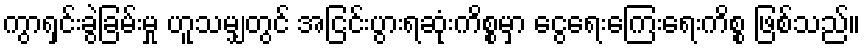
ကွာရှင်းခွဲခြမ်းမှု ဟူသမျှတွင် အငြင်းပွားရဆုံးကိစ္စမှာ ငွေရေးကြေးရေးကိစ္စ ဖြစ်သည်။